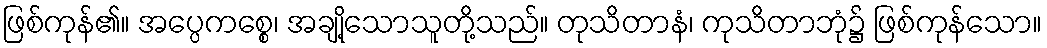
ဖြစ်ကုန်၏။ အပ္ပေကစ္စေ၊ အချို့သောသူတို့သည်။ တုသိတာနံ၊ ကုသိတာဘုံ၌ ဖြစ်ကုန်သော။